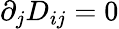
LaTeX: \partial_{j}D_{ij}=0